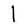
Character: I